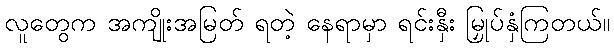
လူတွေက အကျိုးအမြတ် ရတဲ့ နေရာမှာ ရင်းနှီး မြှုပ်နှံကြတယ်။